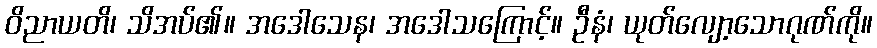
ဝိညာယတိ၊ သိအပ်၏။ အဒေါသေန၊ အဒေါသကြောင့်။ ဦနံ၊ ယုတ်လျော့သောဂုဏ်ကို။